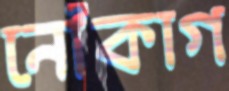
নৌকাগ